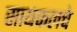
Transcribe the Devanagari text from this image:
सायकलचे